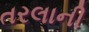
તરલાની